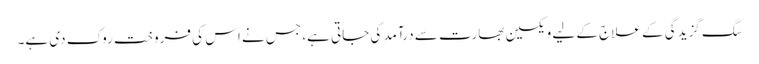
سگ گزیدگی کے علاج کے لیے ویکسین بھارت سے درآمد کی جاتی ہے، جس نے اس کی فروخت روک دی ہے۔